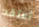
أعتقد